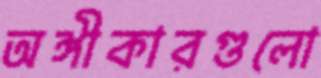
অঙ্গীকারগুলো